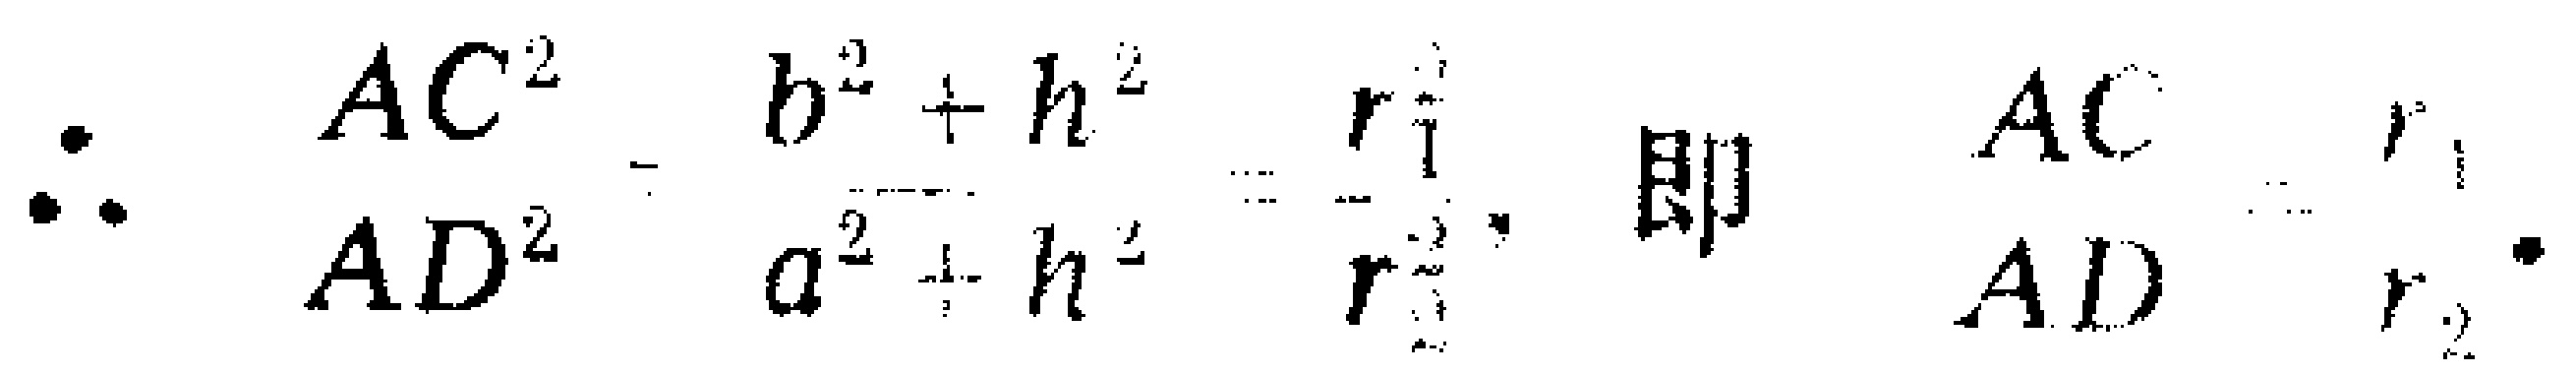
\(\because \frac{AC^{2}}{AD^{2}}=\frac{b^{2}+h^{2}}{a^{2}+h^{2}}=\frac{r_{1}^{2}}{r_{2}^{2}},\ 即\ \frac{AC}{AD}=\frac{r_{1}}{r_{2}}.\)